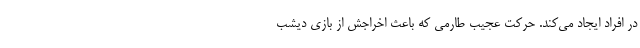
در افراد ایجاد می‌کند. حرکت عجیب طارمی که باعث اخراجش از بازی دیشب